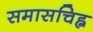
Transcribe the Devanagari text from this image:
समासचिह्न